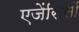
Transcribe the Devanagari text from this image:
एजेंसिसों